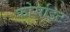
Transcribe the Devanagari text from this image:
फोर्साइट